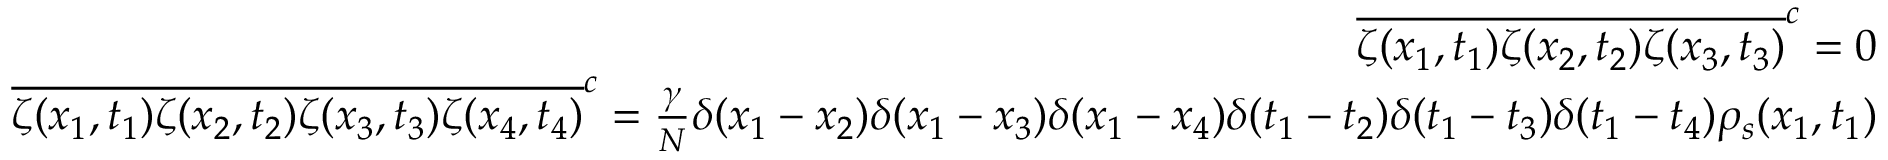
\begin{array} { r l r } & { } & { \overline { { \zeta ( x _ { 1 } , t _ { 1 } ) \zeta ( x _ { 2 } , t _ { 2 } ) \zeta ( x _ { 3 } , t _ { 3 } ) } } ^ { c } = 0 } \\ & { } & { \overline { { \zeta ( x _ { 1 } , t _ { 1 } ) \zeta ( x _ { 2 } , t _ { 2 } ) \zeta ( x _ { 3 } , t _ { 3 } ) \zeta ( x _ { 4 } , t _ { 4 } ) } } ^ { c } = \frac { \gamma } { N } \delta ( x _ { 1 } - x _ { 2 } ) \delta ( x _ { 1 } - x _ { 3 } ) \delta ( x _ { 1 } - x _ { 4 } ) \delta ( t _ { 1 } - t _ { 2 } ) \delta ( t _ { 1 } - t _ { 3 } ) \delta ( t _ { 1 } - t _ { 4 } ) \rho _ { s } ( x _ { 1 } , t _ { 1 } ) } \end{array}